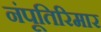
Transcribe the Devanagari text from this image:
नंपूतिरिमार